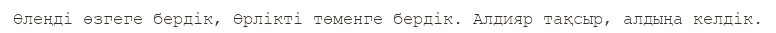
Өлеңді өзгеге бердік, Өрлікті төменге бердік. Алдияр тақсыр, алдыңа келдік.